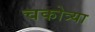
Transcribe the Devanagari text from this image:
चकोत्र्या